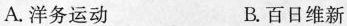
A.洋务运动 B.百日维新